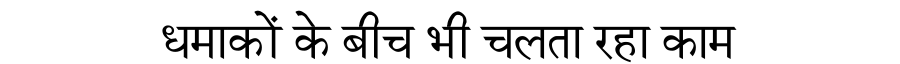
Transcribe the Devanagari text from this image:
धमाकों के बीच भी चलता रहा काम